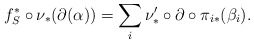
\begin{align*} f^*_S \circ \nu_*(\partial(\alpha)) = \sum_i \nu'_* \circ \partial \circ \pi_{i *} (\beta_i). \end{align*}